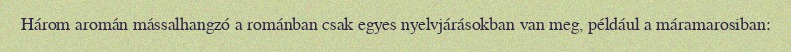
Három aromán mássalhangzó a románban csak egyes nyelvjárásokban van meg, például a máramarosiban: